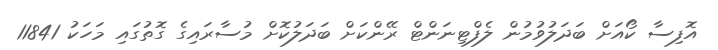
އޮފިސާ ކޯއަށް ބަދަލުވުމުން ލެފްޓިނަންޓް ރޭންކަށް ބަދަލުކޮށް މުސާރައިގެ ގޮތުގައި މަހަކު 11841